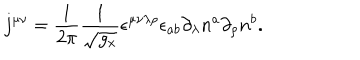
j ^ { \mu \nu } = \frac 1 { 2 \pi } \frac 1 { \sqrt { g _ { x } } } \epsilon ^ { \mu \nu \lambda \rho } \epsilon _ { a b } \partial _ { \lambda } n ^ { a } \partial _ { \rho } n ^ { b } .